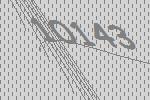
10143